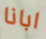
ابانا